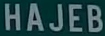
HAJEB